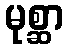
မုစ္ဆာ